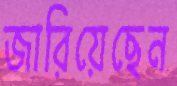
জারিয়েছেন